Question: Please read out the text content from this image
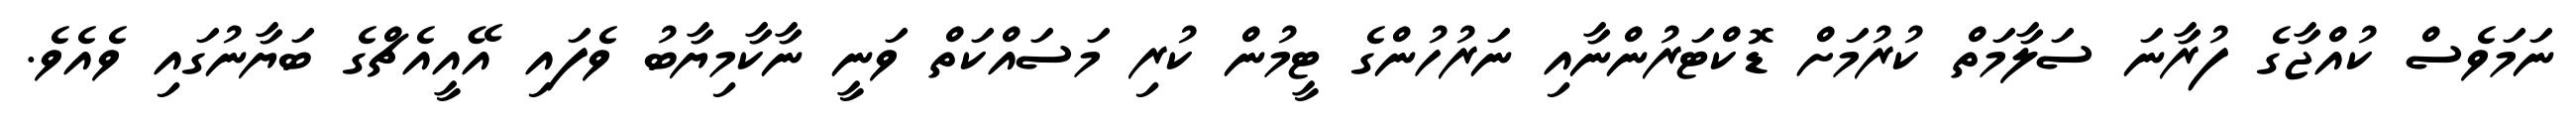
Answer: ނަމަވެސް ކުއްޖާގެ ފުރާނަ ސަލާމަތް ކުރުމަށް ޑޮކްޓަރުންނާއި ނަރުހުންގެ ޓީމުން ކުރި މަސައްކަތް ވަނީ ނާކާމިޔާބު ވެފައި އޭއީއެޗްގެ ބަޔާނުގައި ވެއެވެ.